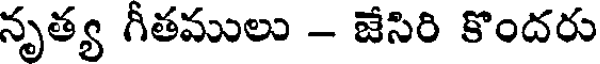
నృత్య గీతములు - జేసిరి కొందరు